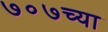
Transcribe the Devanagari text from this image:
७०७च्या